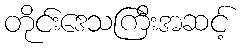
တိုင်းဒေသကြီးအဆင့်